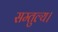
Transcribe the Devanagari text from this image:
सम्तुल्य।